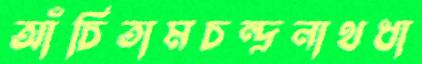
আঁচিতামচন্দ্রনাথধা